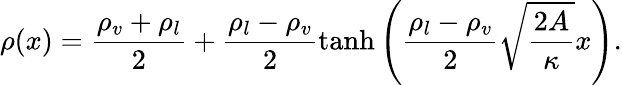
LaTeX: \rho(x)=\frac{\rho_{v}+\rho_{l}}{2}+\frac{\rho_{l}-\rho_{v}}{2}\operatorname{tanh}\left(\frac{\rho_{l}-\rho_{v}}{2}\sqrt{\frac{2A}{\kappa}}x\right).